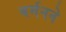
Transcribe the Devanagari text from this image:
बर्मनने